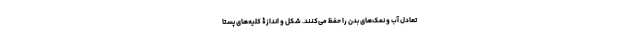
تعادل آب و نمک‌های بدن را حفظ می‌کنند. شکل و اندازۀ کلیه‌های پستا